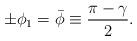
LaTeX: \begin{align*}\pm \phi_1 = \bar{\phi} \equiv {\pi-\gamma \over 2}.\end{align*}